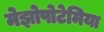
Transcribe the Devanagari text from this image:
मेझोपोटेमिया